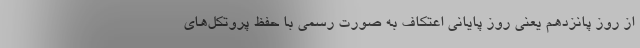
از روز پانزدهم یعنی روز پایانی اعتکاف به صورت رسمی با حفظ پروتکل‌های